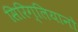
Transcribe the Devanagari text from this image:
सिरिग्लियानो